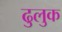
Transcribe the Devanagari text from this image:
ढुलुक